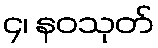
၄၊ နဝသုတ်